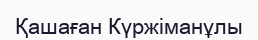
Қашаған Күржіманұлы